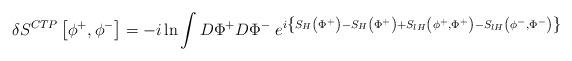
LaTeX: \begin{align*}\delta S^{CTP}\left[ \phi ^+,\phi ^-\right] =-i\ln \int D\Phi ^+D\Phi ^-\;e^{i\left\{ S_H\left( \Phi ^+\right) -S_H\left( \Phi ^+\right) +S_{lH}\left(\phi ^+,\Phi ^+\right) -S_{lH}\left( \phi ^-,\Phi ^-\right) \right\} }\end{align*}